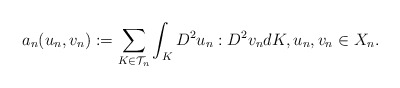
\begin{align*}a_n(u_n, v_n):=\sum_{K \in {\mathcal T}_n} \int_K D^2 u_n : D^2 v_n dK, u_n, v_n \in X_n.\end{align*}